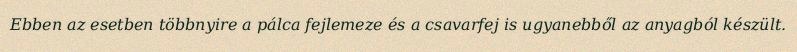
Ebben az esetben többnyire a pálca fejlemeze és a csavarfej is ugyanebből az anyagból készült.